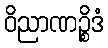
ဝိညာဏဉ္စိဒံ